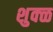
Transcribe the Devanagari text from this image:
शुक्ळ